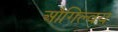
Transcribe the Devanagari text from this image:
औगिल्वय